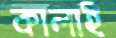
কালাই